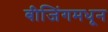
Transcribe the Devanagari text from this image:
बीजिंगमधून